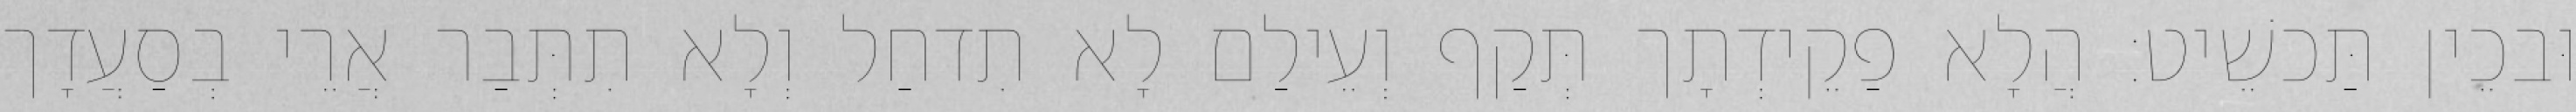
וּבכֵין תַּכשֵׁיט׃ הֲלָא פַקֵידְתָך תְּקַף וְעֵילַם לָא תִדחַל וְלָא תִתְּבַר אֲרֵי בְסַעֲדָך